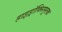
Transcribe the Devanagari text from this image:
हाइड्रॉक्सिमूलक